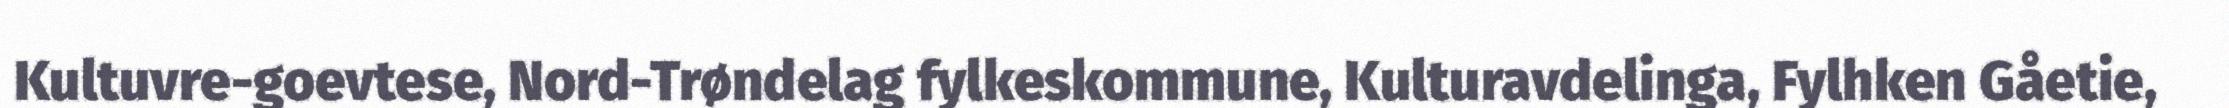
Kultuvre-goevtese, Nord-Trøndelag fylkeskommune, Kulturavdelinga, Fylhken Gåetie,